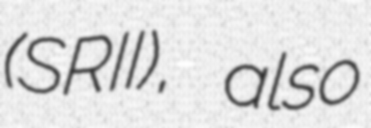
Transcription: (SRII), also